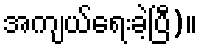
အကျယ်ရေးခဲ့ပြီ)။